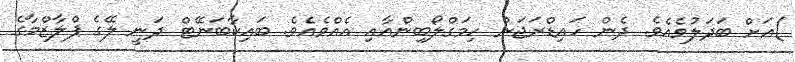
)އަށް ބަދަލުވެއެވެ. ދެން ހައިޑްރަޖަން ހިމަގްލޯބިންއާއި އެއްވެއެވެ. ބައިކާބަނޭޓް ދަނީ ލޭގެ ޕްލާޒްމާގެ